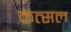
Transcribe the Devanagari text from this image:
केत्सल